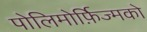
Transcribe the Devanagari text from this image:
पोलिमोर्फ़िज्मको